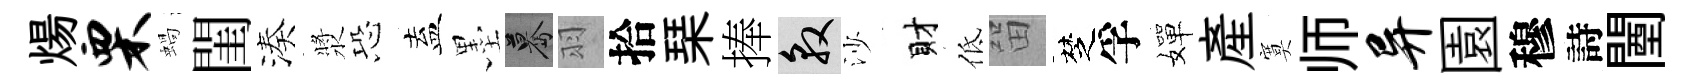
煬栗蝸閨湊漿恐盍墨驀羽拾琹捧敦沙財低㽞椘孚嬋産寞师异園穆詩闉